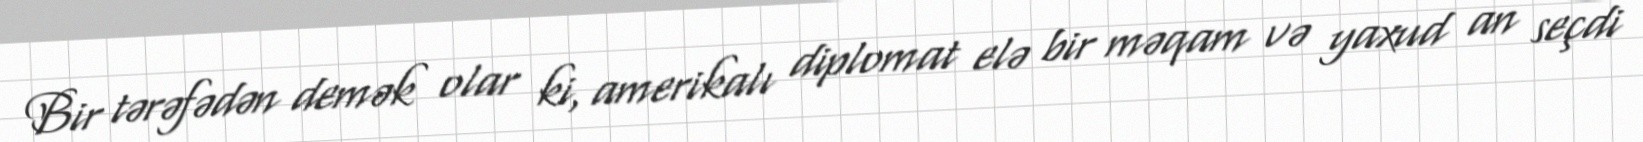
Bir tərəfədən demək olar ki, amerikalı diplomat elə bir məqam və yaxud an seçdi